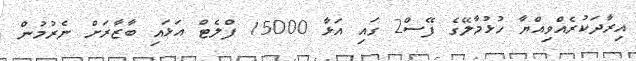
އިރާދަކުރެއްވިއްޔާ ހުޅުމާލޭގެ ފޭސް2 ގައި އަޅާ 15000 ފްލެޓް އަޅައި ބާޒާރަށް ނެރުމުން